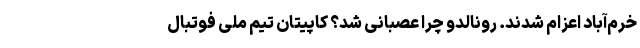
خرم‌آباد اعزام شدند. رونالدو چرا عصبانی شد؟ کاپیتان تیم ملی فوتبال